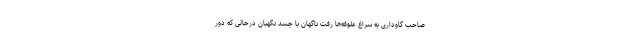
صاحب گاوداری به سراغ علوفه‌ها رفت ناگهان با جسد نگهبان درحالی که دور